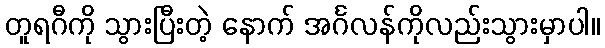
တူရဂီကို သွားပြီးတဲ့ နောက် အင်္ဂလန်ကိုလည်းသွားမှာပါ။